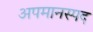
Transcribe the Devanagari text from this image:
अपमानस्पद